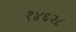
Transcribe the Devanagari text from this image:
१४६२८